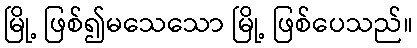
မြို့ ဖြစ်၍မသေသော မြို့ ဖြစ်ပေသည်။